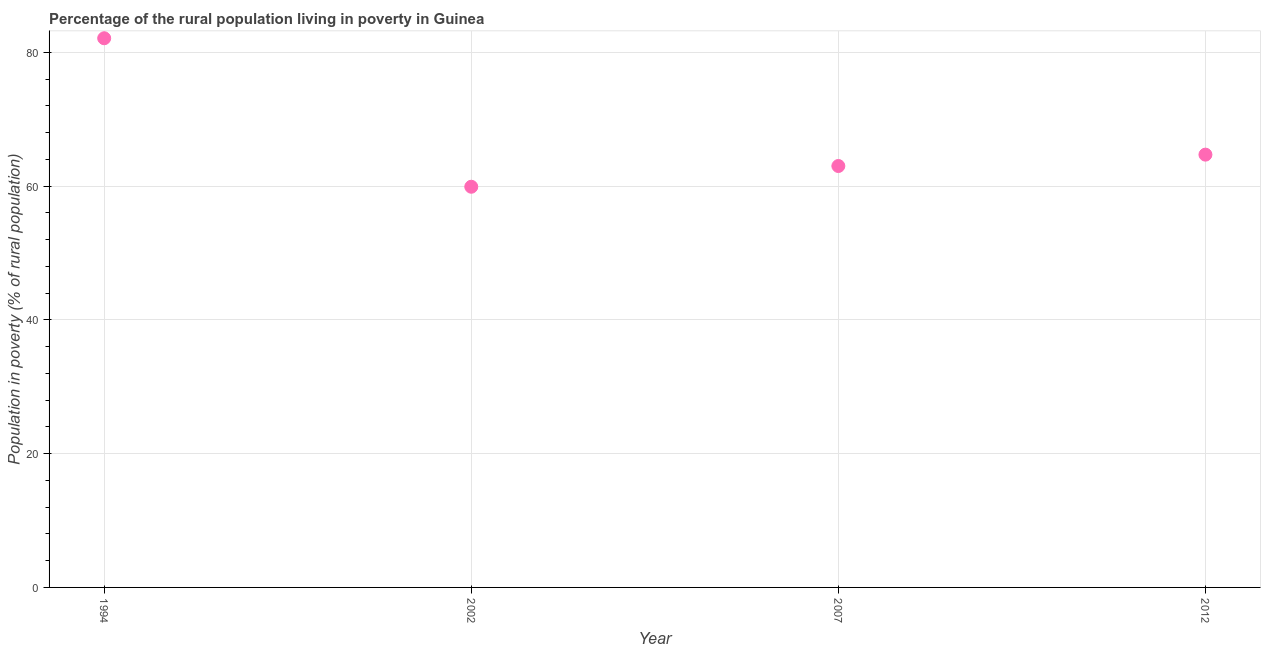
| Year | Rural poverty headcount ratio |
 | --- | --- |
 | 1994 | 82.1 |
 | 2002 | 59.9 |
 | 2007 | 63 |
 | 2012 | 64.7 |